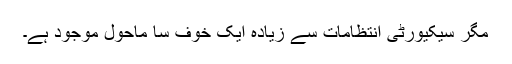
مگر سیکیورٹی انتظامات سے زیادہ ایک خوف سا ماحول موجود ہے۔